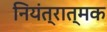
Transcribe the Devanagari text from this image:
नियंत्रात्मक